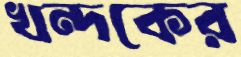
খন্দকের